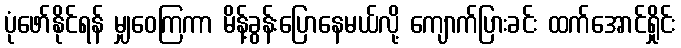
ပုံဖော်နိုင်ရန် မျှဝေကြကာ မိန့်ခွန်းပြောနေမယ်လို့ ကျောက်ပြားခင်း ထက်အောင်ရှိုင်း